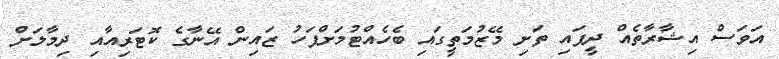
އަވަސް އިޝާރާތެއް ދީފައި ތަށި މޭޒުމަތީގައި ބެހެއްޓުމަށްފަހު ޒައިން އޭނާގެ ކޮޓަރިއާއި ދިމާލަށް